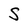
Character: S